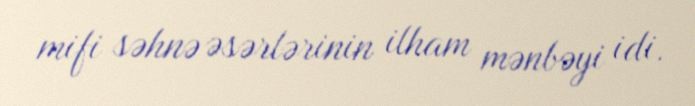
mifi səhnə əsərlərinin ilham mənbəyi idi.